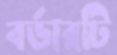
বর্ডারটি